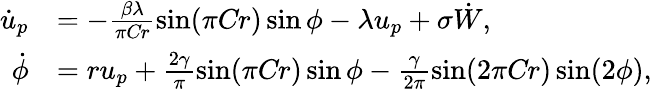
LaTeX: \begin{array}{rl}{\dot{u}_{p}}&{=-\frac{\beta\lambda}{\pi\mathrm{\textit{Cr}}}\sin(\pi\mathrm{\textit{Cr}})\sin\phi-\lambda u_{p}+\sigma\dot{W},}\\ {\dot{\phi}}&{=ru_{p}+\frac{2\gamma}{\pi}\sin(\pi\mathrm{\textit{Cr}})\sin\phi-\frac{\gamma}{2\pi}\sin(2\pi\mathrm{\textit{Cr}})\sin(2\phi),}\end{array}